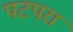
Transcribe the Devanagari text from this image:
पटपरा